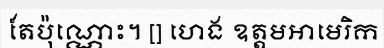
តែប៉ុណ្ណោះ។ [] ហេង ឧត្តមអាមេរិក